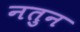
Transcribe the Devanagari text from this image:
नतुन